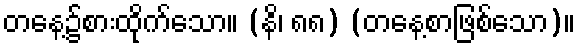
တနေ့၌စားထိုက်သော။ (နိ၊ ၈၈) (တနေ့စာဖြစ်သော)။